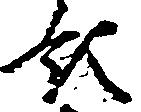
領